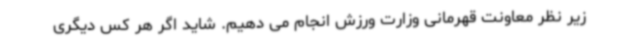
زیر نظر معاونت قهرمانی وزارت ورزش انجام می دهیم. شاید اگر هر کس دیگری